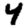
Digit: 4